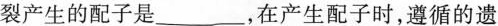
裂产生的配子是________，在产生配子时，遵循的遗